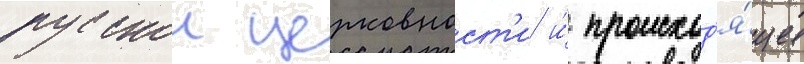
русскои церковност'и и́ происход'я́щие